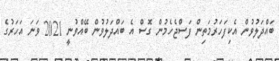
ބައްދަލުވުން އެކިފަހަރުމަތިން ފަސްޖެހެމުން ގޮސް އެ ބައްދަލުވުން ބޭއްވުނީ 2021 ވަނަ އަހަރުގެ